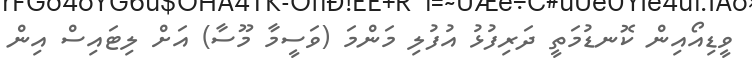
ވީޑިއޯއިން ކޮނޑުމަތީ ދަރިފުޅު އުފުލި މަންމަ (ވަސީމާ މޫސާ) އަށް ލިޓައިސް އިން